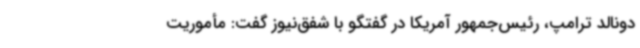
دونالد ترامپ، رئیس‌جمهور آمریکا در گفتگو با شفق‌نیوز گفت: مأموریت